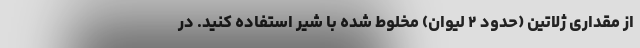
از مقداری ژلاتین (حدود ۲ لیوان) مخلوط شده با شیر استفاده کنید. در